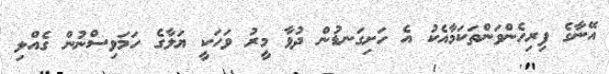
އޭނާގެ ފިރިހެންވަންތަކަމާއެކު އެ ހަށިގަނޑުން ދުވާ މީރު ވަހަކީ ޔަލާގެ ހަމަވިސްނުން ގެއްލި